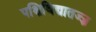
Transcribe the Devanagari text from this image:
पक्षिविद्यातज्ज्ञ